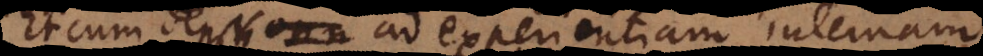
Et cum denique ad experientiam internam